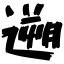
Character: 遡